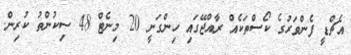
އެޗްޑީ ފެންވަރުގެ ކޯސްތަކެއް ރާއްޖޭގައި ހިންގަނީ 20 މިނެޓް 48 ސިކުންތު ކުރިން.